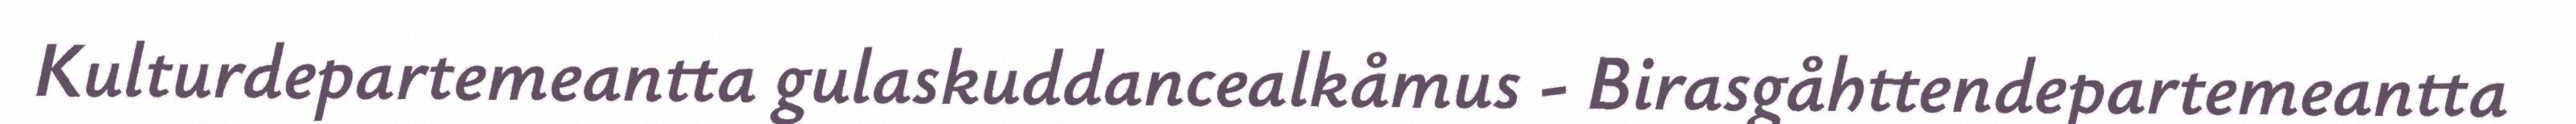
Kulturdepartemeantta gulaskuddancealkåmus - Birasgåhttendepartemeantta